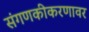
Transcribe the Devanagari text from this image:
संगणकीकरणावर